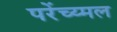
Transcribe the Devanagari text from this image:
परेंच्य्मल